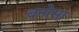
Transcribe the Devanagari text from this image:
बनोसा